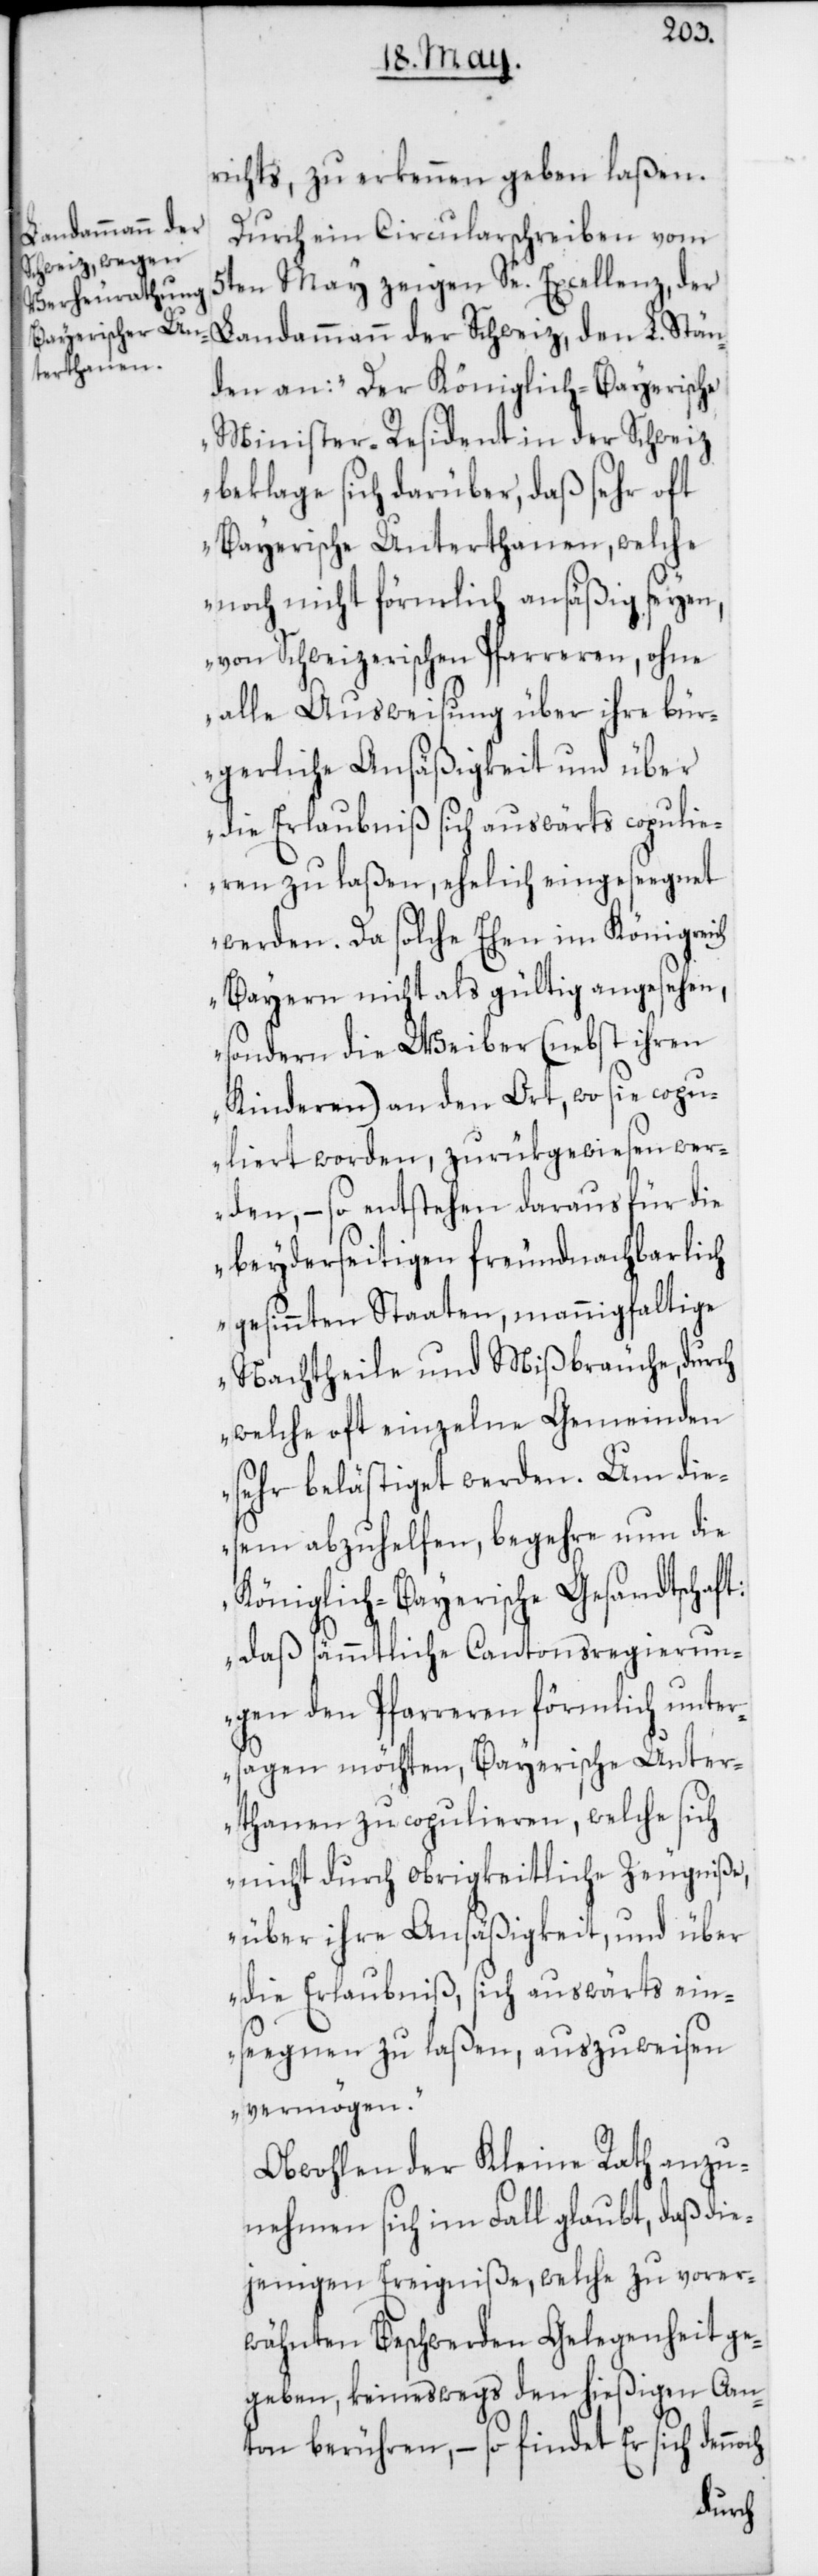
L. Stän¬
richts, zu erkennen geben laßen.
Landammann der
Durch ein Circularschreiben vom
Schweiz, den
5ten May zeigen Se. Excellenz, der
den an: „Der Königlich-Bayerische
Minister-Resident in der Schweiz
beklage sich darüber, daß sehr oft
Bayerische Unterthanen, welche
noch nicht förmlich ansäßig seyen,
von Schweizerischen Pfarreren, ohne
alle Ausweisung über ihre bür¬
gerliche Ansäßigkeit und über
die Erlaubniß sich auswärts copulie¬
ren zu laßen, ehelich eingesegnet
werden. Da solche Ehen im Königreich
Bayern nicht als gültig angesehen,
sondern die Weiber (nebst ihren
Kinderen) an den Ort, wo sie copu¬
liert worden, zurükgewiesen wer¬
den, – so entstehen daraus für die
beyderseitigen freundnachbarlich
gesinnten Staaten, mannigfaltige
Nachtheile und Mißbräuche, durch
welche oft einzelne Gemeinden
sehr belästiget werden. Um die¬
sem abzuhelfen, begehre nun die
Königlich-Bayerische Gesandtschaft:
daß sämmtliche Cantonsregierun¬
gen den Pfarreren förmlich unter¬
sagen möchten, Bayerische Unter¬
thanen zu copulieren, welche sich
nicht durch obrigkeitliche Zeugniße,
über ihre Ansäßigkeit, und über
die Erlaubniß, sich auswärts ein¬
segnen zu laßen, auszuweisen
vermögen.“
Obwohlen der Kleine Rath anzu¬
nehmen sich im Fall glaubt, daß die¬
jenigen Ereigniße, welche zu vorer¬
wähnten Beschwerden Gelegenheit ge¬
geben, keineswegs den hießigen Can¬
ton berühren, – so findet Er sich dennoch